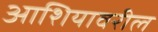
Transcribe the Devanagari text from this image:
आशियावरील